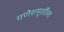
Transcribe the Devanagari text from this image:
गणेशमूर्तीला